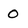
Character: O